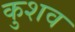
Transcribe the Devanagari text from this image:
कुशव